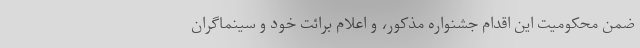
ضمن محکومیت این اقدام جشنواره مذکور، و اعلام برائت خود و سينماگران